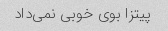
پیتزا بوی خوبی نمی‌داد